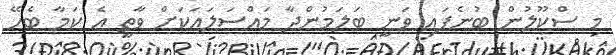
މި ސްކޫލުން ބުނެފައި ވަނީ ބަލަމުންދާ މައްސަލައަކަށް ވާތީ އެ ކަމާ ބެހޭ